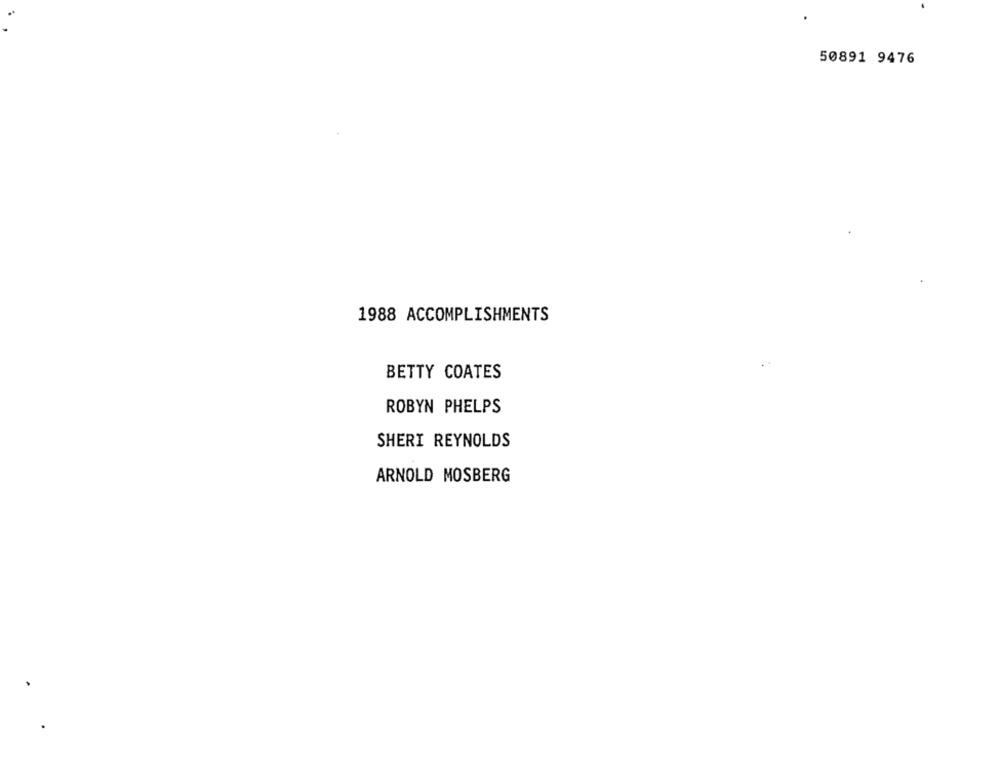
50891 9476
1988 ACCOMPLISHMENTS
BETTY COATES
ROBYN PHELPS
SHERI REYNOLDS
ARNOLD MOSBERG